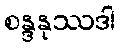
စန္ဒနုဿဒါ